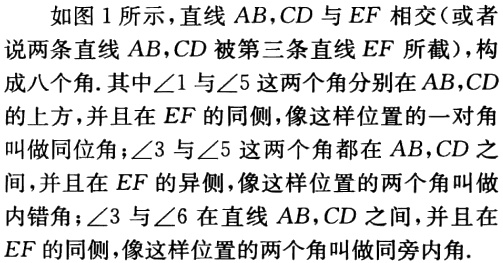
如图1所示，直线\(AB,CD\)与\(EF\)相交（或者说两条直线\(AB,CD\)被第三条直线\(EF\)所截），构成八个角. 其中\(\angle1\)与\(\angle5\)这两个角分别在\(AB,CD\)的上方，并且在\(EF\)的同侧，像这样位置的一对角叫做同位角；\(\angle3\)与\(\angle5\)这两个角都在\(AB,CD\)之间，并且在\(EF\)的异侧，像这样位置的两个角叫做内错角；\(\angle3\)与\(\angle6\)在直线\(AB,CD\)之间，并且在\(EF\)的同侧，像这样位置的两个角叫做同旁内角.